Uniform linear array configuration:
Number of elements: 8
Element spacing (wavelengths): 0.75
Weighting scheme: binomial
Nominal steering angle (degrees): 45
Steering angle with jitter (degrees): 44.653
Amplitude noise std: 0.05
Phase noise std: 0.05

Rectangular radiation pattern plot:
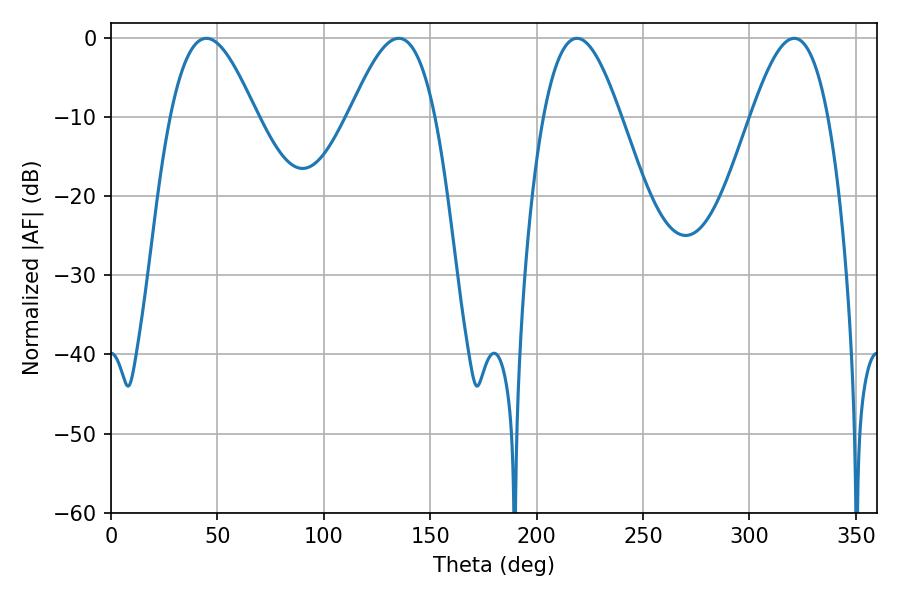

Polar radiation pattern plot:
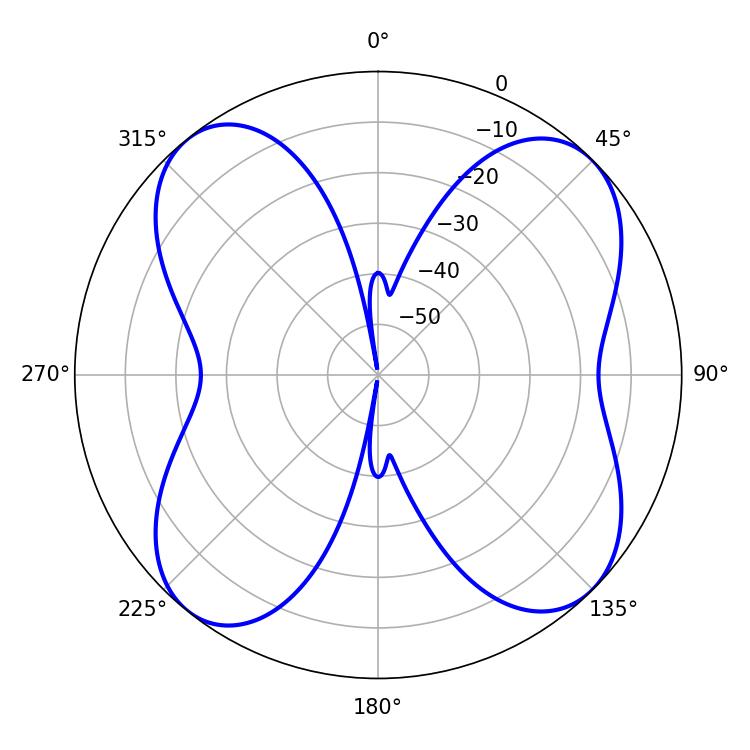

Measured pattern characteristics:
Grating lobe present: TRUE
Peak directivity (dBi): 11.895
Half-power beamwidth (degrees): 21.78
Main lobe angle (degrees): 44.82